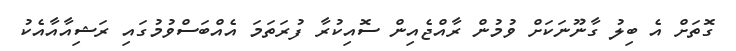
ގޮތަށް އެ ބިލު ގާނޫނަކަށް ވުމުން ރާއްޖެއިން ސޮއިކުރާ ފުރަތަމަ އެއްބަސްވުމުގައި ރަޝިއާއާއެކު